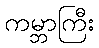
ကမ္ဘာကြီး